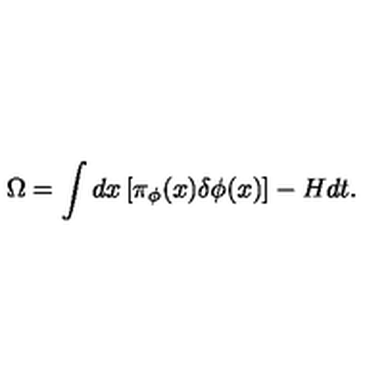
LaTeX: \Omega = \int d x \left[ \pi _ { \phi } ( x ) \delta \phi ( x ) \right] - H d t .